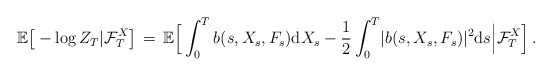
\begin{align*}\mathbb E \big[ {} - \log Z_{T} \vert \mathcal F_{T}^{X} \big] \, =\, \mathbb E \Big[ \int^{T}_{0} b(s, X_{s}, F_{s}) {\mathrm d} X_{s} - \frac{1}{2} \int^{T}_{0} \lvert b(s, X_{s}, F_{s}) \rvert^{2} {\mathrm d} s \Big \vert \mathcal F_{T}^{X}\Big] \, . \end{align*}